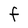
Character: f